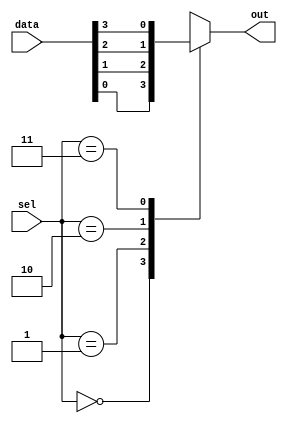
module mux_4x1 (
    input [3:0] data,
    input [1:0] sel,
    output reg out
);

always @*
    case(sel)
        2'b00: out = data[0];
        2'b01: out = data[1];
        2'b10: out = data[2];
        2'b11: out = data[3];
        default: out = 1'bx;
    endcase

endmodule
module mux_32x1 (
    input [31:0] data,
    input [4:0] sel,
    output reg out
);

reg [3:0] temp[0:7];

generate
    genvar i;
    for (i = 0; i < 8; i = i + 1) begin : mux_instances
        mux_4x1 mux_inst (
            .data(data[i*4 +: 4]),
            .sel(sel[2:1]),
            .out(temp[i])
        );
    end
endgenerate

mux_4x1 final_mux (
    .data(temp),
    .sel(sel[4:3]),
    .out(out)
);

endmodule